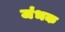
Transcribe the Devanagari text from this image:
जंभक